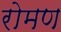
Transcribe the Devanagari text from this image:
रोमण